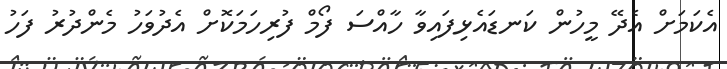
އެކަމަށް އެދޭ މީހުން ކަނޑައެޅިފައިވާ ހާއްސަ ފޯމް ފުރިހަމަކޮށް އެދުވަހު މެންދުރު ފަހު